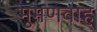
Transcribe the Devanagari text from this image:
मुमणवाह